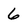
Character: 6